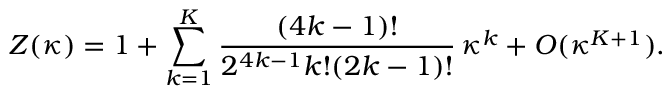
Z ( \kappa ) = 1 + \sum _ { k = 1 } ^ { K } { \frac { ( 4 k - 1 ) ! } { 2 ^ { 4 k - 1 } k ! ( 2 k - 1 ) ! } } \, \kappa ^ { k } + { \cal O } ( \kappa ^ { K + 1 } ) .